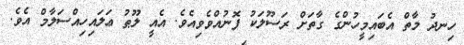
ހިނދު މާތް އެބައިމީހުންގެ ގާތަށް ރަސޫލަކު ފޮނުއްވެވިއެވެ. އެއީ ލޫޠު ޢަލައިހިއްސަލާމް އެވެ.